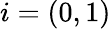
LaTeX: i=(0,1)